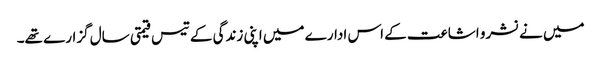
میں نے نشرو اشاعت کے اس ادارے میں اپنی زندگی کے تیس قیمتی سال گزارے تھے۔